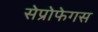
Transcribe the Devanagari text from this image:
सेप्रोफेगस